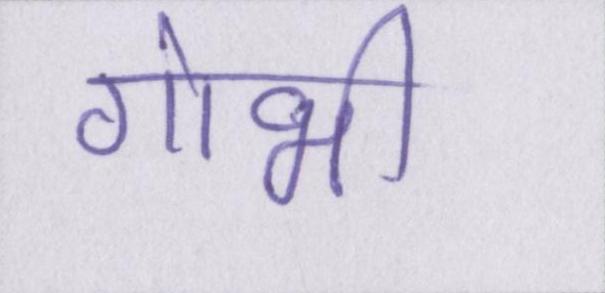
गोभी